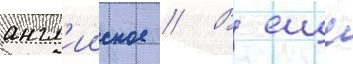
англ'ииское // В еще